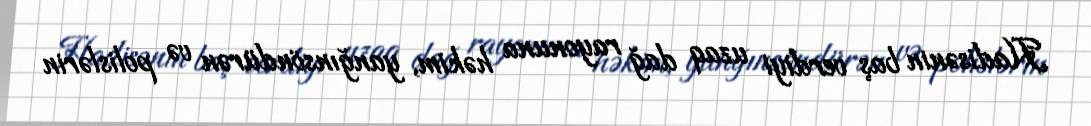
Hadisənin baş verdiyi uzaq dağ rayonuna həkim, yanğınsöndürən və polislərin